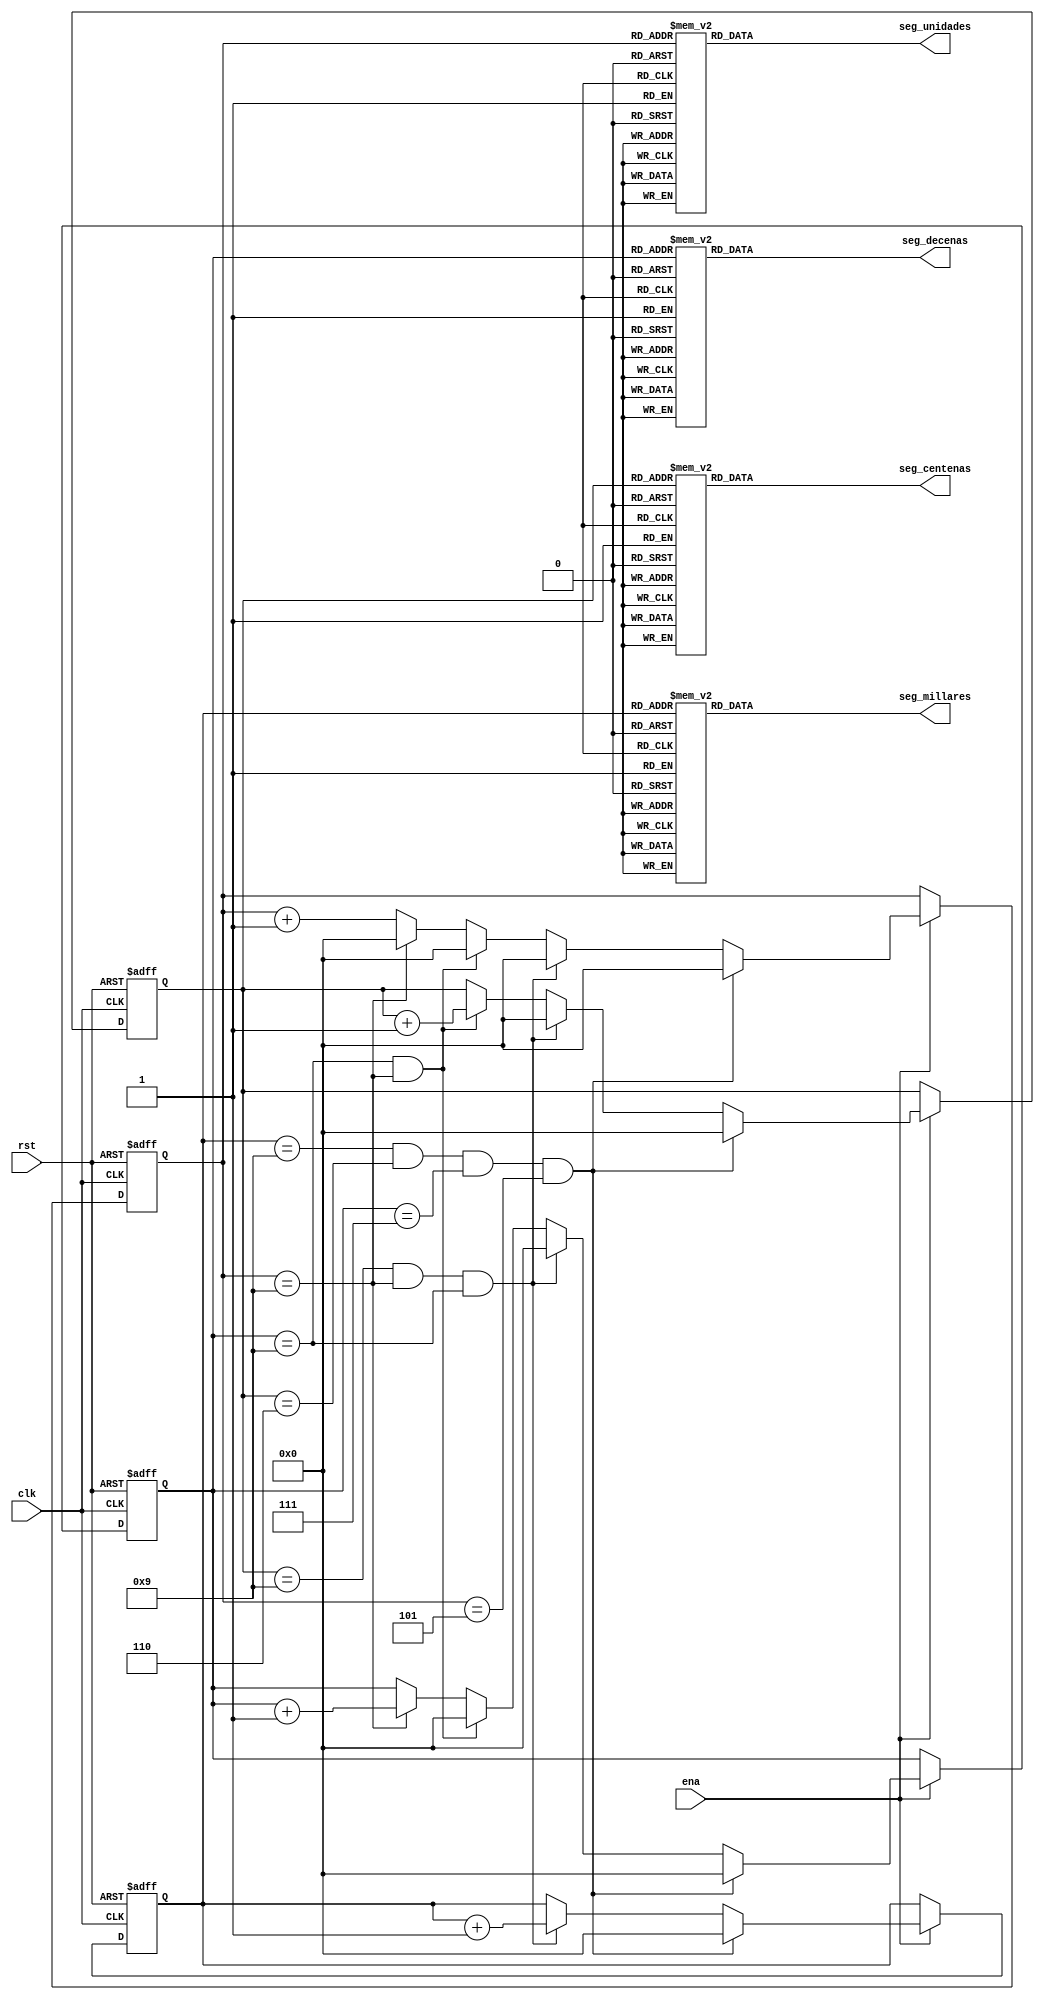
module Contador_Lab1(
	input 				clk,rst,ena,
	output reg [7:0] 	seg_unidades,seg_decenas,seg_centenas,seg_millares
);

reg [3:0] 	unidades,decenas,centenas,millares;

//-------------------------------Contadores-------------------------------------------

always@(posedge clk or negedge rst)
begin
	if(!rst)	
	begin
		unidades	<=4'b0000;
		decenas	<=4'b0000;
		centenas	<=4'b0000;
		millares	<=4'b0000;
	end
	else
	begin
		if(ena)
		begin
			unidades<=unidades+1'b1;
			if(millares==9 && centenas==6 && decenas==7 && unidades==5)
			begin
				unidades	<=0;
				decenas	<=0;
				centenas	<=0;
				millares	<=0;
			end
			else if(centenas==9 && unidades==9 && decenas==9)
			begin
				unidades<=0;
				decenas<=0;
				centenas<=0;
				millares<=millares+1'b1;
			end
			else if(decenas==9 && unidades==9)
			begin
				unidades<=0;
				decenas<=0;
				centenas<=centenas+1'b1;
			end
			else if(unidades==9)
			begin
				unidades<=0;
				decenas<=decenas+1'b1;
			end
		end //if (ena)
	end //else	
end


//------------------------------------Decodificadores-----------------------------------

always@(unidades)
	case(unidades)
		0: seg_unidades=8'b1111_1100;
		1: seg_unidades=8'b0110_0000;
		2: seg_unidades=8'b1101_1010;
		3: seg_unidades=8'b1111_0010;
		4: seg_unidades=8'b0110_0110;
		5: seg_unidades=8'b1011_0110;
		6: seg_unidades=8'b1011_1110;
		7: seg_unidades=8'b1110_0000;
		8: seg_unidades=8'b1111_1110;
		9: seg_unidades=8'b1110_0110;
		default: 
			seg_unidades=8'b0000_0001;	//En caso de falla (punto display)

	endcase

always@(decenas)
begin
	case(decenas)
		0: seg_decenas=8'b1111_1100;
		1: seg_decenas=8'b0110_0000;
		2: seg_decenas=8'b1101_1010;
		3: seg_decenas=8'b1111_0010;
		4: seg_decenas=8'b0110_0110;
		5: seg_decenas=8'b1011_0110;
		6: seg_decenas=8'b1011_1110;
		7: seg_decenas=8'b1110_0000;
		8: seg_decenas=8'b1111_1110;
		9: seg_decenas=8'b1110_0110;
		default: 
			seg_decenas=8'b0000_0001;	//En caso de falla (punto display)
	endcase
end

always@(centenas)
begin
	case(centenas)
		0: seg_centenas=8'b1111_1100;
		1: seg_centenas=8'b0110_0000;
		2: seg_centenas=8'b1101_1010;
		3: seg_centenas=8'b1111_0010;
		4: seg_centenas=8'b0110_0110;
		5: seg_centenas=8'b1011_0110;
		6: seg_centenas=8'b1011_1110;
		7: seg_centenas=8'b1110_0000;
		8: seg_centenas=8'b1111_1110;
		9: seg_centenas=8'b1110_0110;
		default: 
			seg_centenas=8'b0000_0001;	//En caso de falla (punto display)
	endcase
end

always@(millares)
begin
	case(millares)
		0: seg_millares=8'b1111_1100;
		1: seg_millares=8'b0110_0000;
		2: seg_millares=8'b1101_1010;
		3: seg_millares=8'b1111_0010;
		4: seg_millares=8'b0110_0110;
		5: seg_millares=8'b1011_0110;
		6: seg_millares=8'b1011_1110;
		7: seg_millares=8'b1110_0000;
		8: seg_millares=8'b1111_1110;
		9: seg_millares=8'b1110_0110;
		default: 
			seg_millares=8'b0000_0001;	//En caso de falla (punto display)
	endcase
end		
endmodule